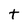
Character: t